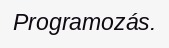
Programozás.